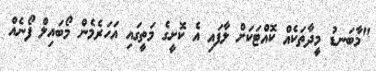
"މާބަނޑު މީދާތަކެއް ކޮއްޓަކަށް ލާފައި އެ ކޮށީގެ މަތީގައި އަހަރެމެން މޯބައިލް ފޯނެއް